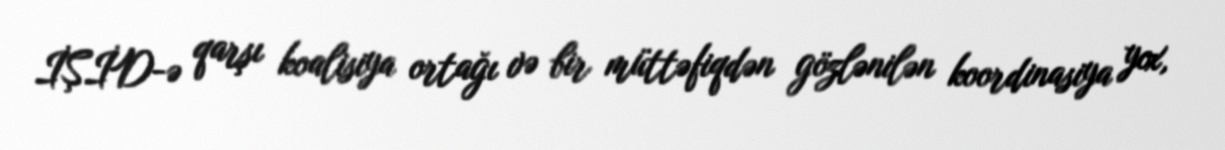
İŞİD-ə qarşı koalisiya ortağı və bir müttəfiqdən gözlənilən koordinasiya yox,